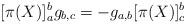
LaTeX: \begin{align*}[\pi(X)]_a^bg_{b,c} = -g_{a,b}[\pi(X)]_c^b\end{align*}